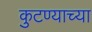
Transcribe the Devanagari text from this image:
कुटण्याच्या